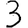
Digit: 3